Civil Veterinary Department. Central Provinces & Berar 1932-41 - 1932-1941
Year: 1932
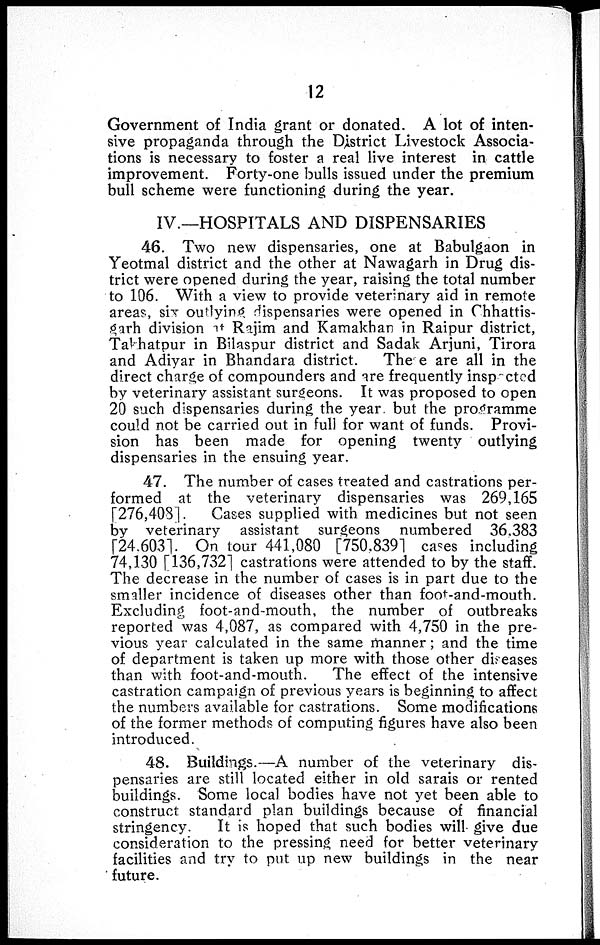
12
Government of India grant or donated. A lot of inten-
sive propaganda through the District Livestock Associa-
tions is necessary to foster a real live interest in cattle
improvement. Forty-one bulls issued under the premium
bull scheme were functioning during the year.
IV.—HOSPITALS AND DISPENSARIES
46. Two new dispensaries, one at Babulgaon in
Yeotmal district and the other at Nawagarh in Drug dis-
trict were opened during the year, raising the total number
to 106. With a view to provide veterinary aid in remote
areas, six outlying dispensaries were opened in Chhattis-
garh division at Rajim and Kamakhan in Raipur district,
Takhatpur in Bilaspur district and Sadak Arjuni, Tirora
and Adiyar in Bhandara district.
These are all in the
direct charge of compounders and are frequently inspected
by veterinary assistant surgeons. It was proposed to open
20 such dispensaries during the year but the programme
could not be carried out in full for want of funds. Provi-
sion has been made for opening twenty outlying
dispensaries in the ensuing year.
47. The number of cases treated and castrations per-
formed at the veterinary dispensaries was 269,165
[276,408].
Cases supplied with medicines but not seen
by veterinary assistant surgeons numbered 36.383
[24.603]. On tour 441,080 [750,839] cases including
74,130 [136,732] castrations were attended to by the staff.
The decrease in the number of cases is in part due to the
smaller incidence of diseases other than foot-and-mouth.
Excluding foot-and-mouth, the number of outbreaks
reported was 4,087, as compared with 4,750 in the pre-
vious year calculated in the same manner; and the time
of department is taken up more with those other diseases
than with foot-and-mouth.
The effect of the intensive
castration campaign of previous years is beginning to affect
the numbers available for castrations. Some modifications
of the former methods of computing figures have also been
introduced.
48. Buildings.—A number of the veterinary dis-
pensaries are still located either in old sarais or rented
buildings. Some local bodies have not yet been able to
construct standard plan buildings because of financial
stringency.
It is hoped that such bodies will give due
consideration to the pressing need for better veterinary
facilities and try to put up new buildings in the near
future.